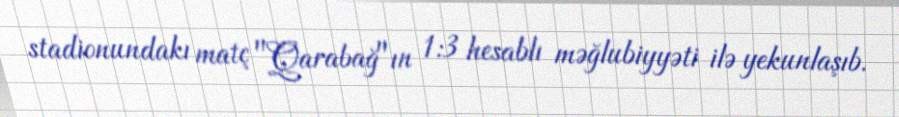
stadionundakı matç "Qarabağ"ın 1:3 hesablı məğlubiyyəti ilə yekunlaşıb.